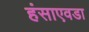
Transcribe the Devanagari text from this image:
हंसाएवडा